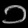
Digit: ၁